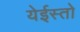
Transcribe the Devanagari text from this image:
येईस्तो